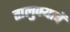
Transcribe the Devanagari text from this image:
तालुक्याचें